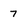
Character: 7